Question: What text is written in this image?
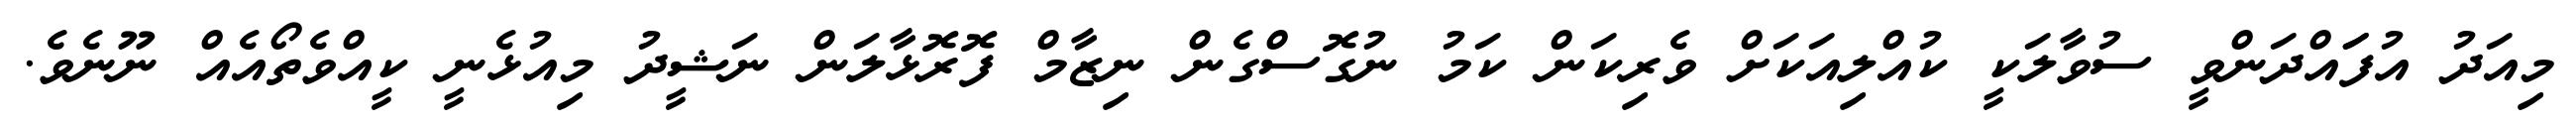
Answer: މިއަދު އުފަައްދަންވީ ސުވާލަކީ ކުއްލިއަކަށް ވެރިކަން ކަމު ނުގޮސްގެން ނިޒާމް ފޮރޮޅާލަން ނަޝީދު މިއުޅެނީ ކީއްވެތޯއެއް ނޫނެވެ.